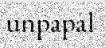
unpapal